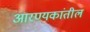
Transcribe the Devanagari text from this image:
आरण्यकांतील